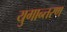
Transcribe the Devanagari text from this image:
युगान्तरण